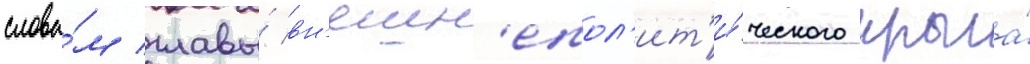
слова́м главы́ вн'ешн'епол'ит'и́ческого крыла́